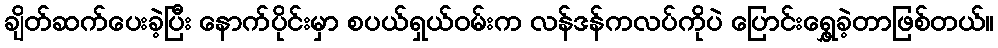
ချိတ်ဆက်ပေးခဲ့ပြီး နောက်ပိုင်းမှာ စပယ်ရှယ်ဝမ်းက လန်ဒန်ကလပ်ကိုပဲ ပြောင်းရွှေ့ခဲ့တာဖြစ်တယ်။